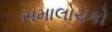
સમાલોચકો